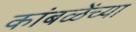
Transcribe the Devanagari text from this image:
कांबळेंच्या